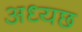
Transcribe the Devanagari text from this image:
अध्यछ